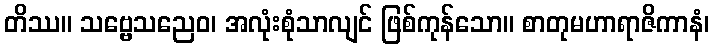
တိဿ။ သဗ္ဗေသညေဝ၊ အလုံးစုံသာလျင် ဖြစ်ကုန်သော။ စာတုမဟာရာဇိကာနံ၊